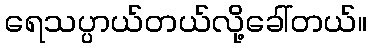
ရေသပ္ပာယ်တယ်လို့ခေါ်တယ်။